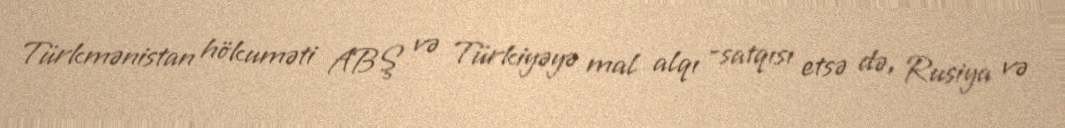
Türkmənistan hökuməti ABŞ və Türkiyəyə mal alqı -satqısı etsə də, Rusiya və